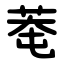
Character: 䓐